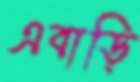
এবাড়ি